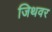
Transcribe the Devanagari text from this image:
जिथवर